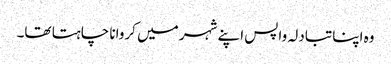
وہ اپنا تبادلہ واپس اپنے شہر میں کروانا چاہتا تھا۔